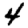
Digit: 4